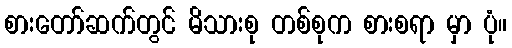
စားတော်ဆက်တွင် မိသားစု တစ်စုက စားစရာ မှာ ပုံ။